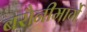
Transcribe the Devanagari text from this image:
बरौनीमार्गे